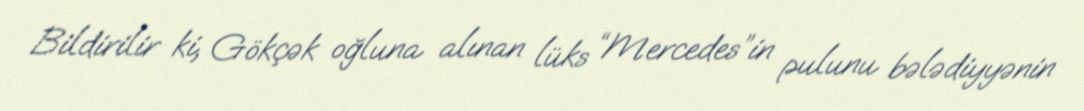
Bildirilir ki, Gökçək oğluna alınan lüks “Mercedes”in pulunu bələdiyyənin